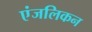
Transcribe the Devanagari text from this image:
एंजलिकन